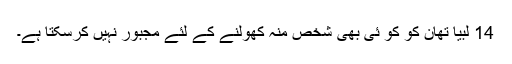
14 لبیا تھان کو کو ئی بھی شخص مُنہ کھولنے کے لئے مجبور نہیں کرسکتا ہے۔